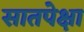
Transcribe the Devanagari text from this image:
सातपेक्षा